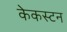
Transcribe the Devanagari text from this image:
केकस्टन